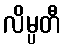
လိမ္ပတီ